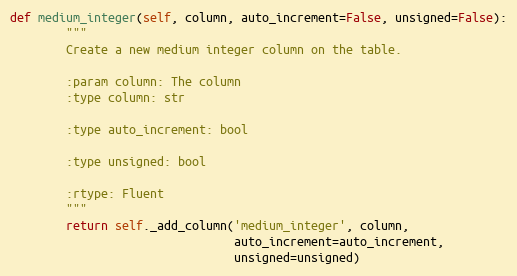
Language: Python
def medium_integer(self, column, auto_increment=False, unsigned=False):
        """
        Create a new medium integer column on the table.

        :param column: The column
        :type column: str

        :type auto_increment: bool

        :type unsigned: bool

        :rtype: Fluent
        """
        return self._add_column('medium_integer', column,
                                auto_increment=auto_increment,
                                unsigned=unsigned)